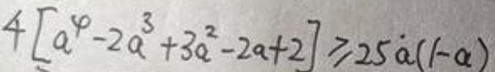
\[
4\left[\alpha^{4}-2\alpha^{3}+3\alpha^{2}-2\alpha + 2\right]\geqslant25\alpha(1 - \alpha)
\]